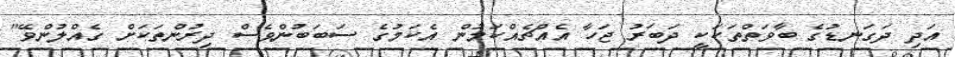
އަދި ދަގަނޑުގެ ބާވަތްތަކަކީ ދަބަރު ޖަހާ އެއްޗެއްކަމުން އެކަމުގެ ސަބަބުންވެސް ދިރުންތަކަށް ގެއްލުންވޭ"